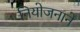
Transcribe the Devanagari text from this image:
नियोजनाने